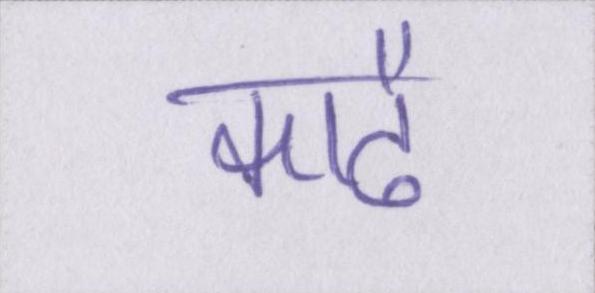
काढै